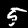
Label: 5